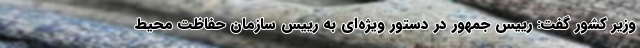
وزیر کشور گفت: رییس جمهور در دستور ویژه‌ای به رییس سازمان حفاظت محیط